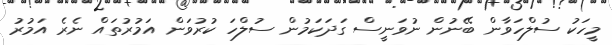
މީހަކު ސުލްހަވާން ބޭނުން ނުވަނީސް ގަދަކަމުން ސުލްހަ ކުރުވަން އަމުރުތައް ނެރެ އަމުރު